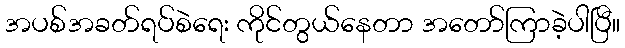
အပစ်အခတ်ရပ်စဲရေး ကိုင်တွယ်နေတာ အတော်ကြာခဲ့ပါပြီ။